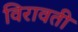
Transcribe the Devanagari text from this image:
विरावती